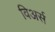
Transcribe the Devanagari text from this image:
विअर्स